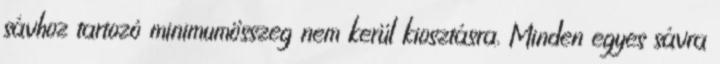
sávhoz tartozó minimumösszeg nem kerül kiosztásra. Minden egyes sávra